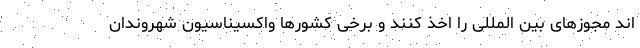
اند مجوزهای بین المللی را اخذ کنند و برخی کشورها واکسیناسیون شهروندان